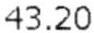
43.20